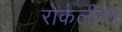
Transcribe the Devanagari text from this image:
रोकलीवर